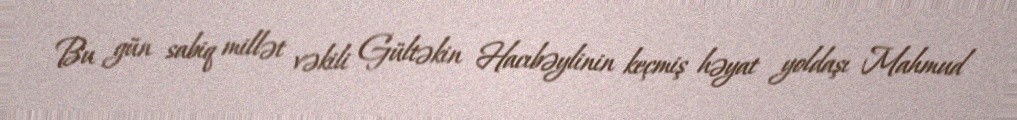
Bu gün sabiq millət vəkili Gültəkin Hacıbəylinin keçmiş həyat yoldaşı Mahmud